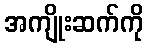
အကျိုးဆက်ကို